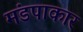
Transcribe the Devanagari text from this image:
मंडपाकार